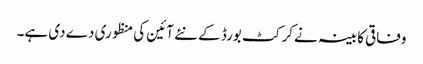
وفاقی کابینہ نے کرکٹ بورڈ کے نئے آئین کی منظوری دے دی ہے۔